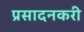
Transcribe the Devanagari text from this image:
प्रसादनकरी